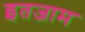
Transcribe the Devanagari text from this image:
इतजाम